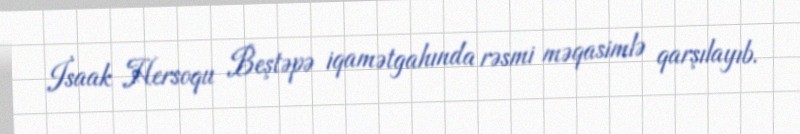
İsaak Hersoqu Beştəpə iqamətgahında rəsmi məqasimlə qarşılayıb.